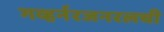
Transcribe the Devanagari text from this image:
गव्हर्नरजनरलची